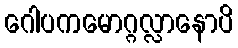
ဂေါပကမောဂ္ဂလ္လာနောပိ